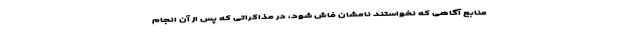
منابع آگاهی که نخواستند نامشان فاش شود، در مذاکراتی که پس از آن انجام